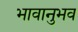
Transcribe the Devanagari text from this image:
भावानुभव